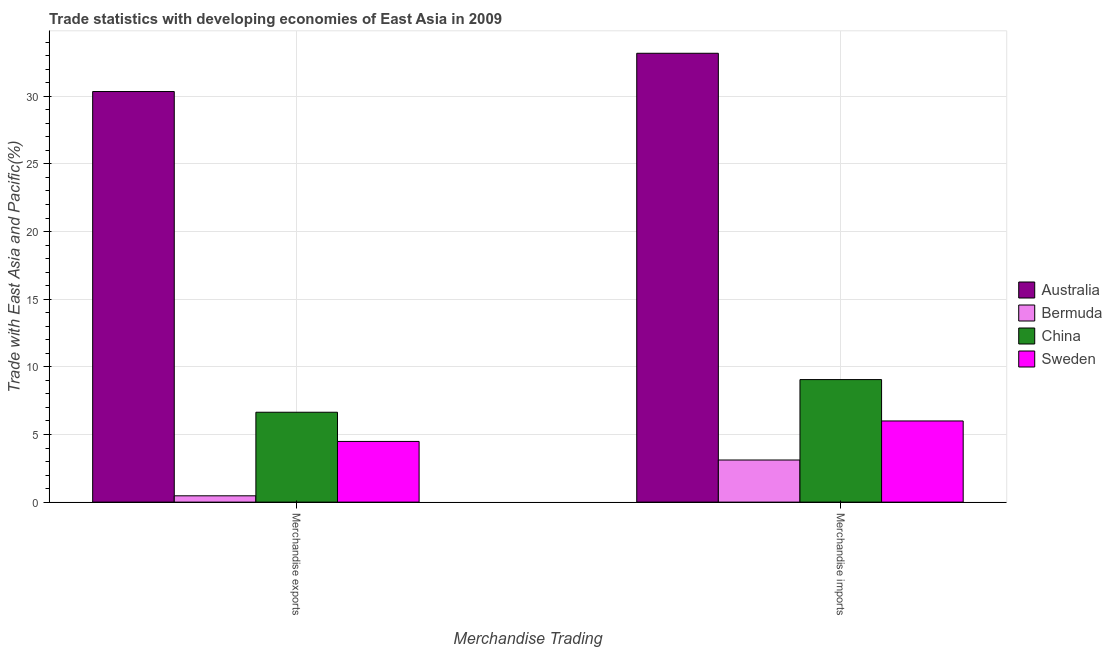
| Merchandise Trading | Australia | Bermuda | China | Sweden |
 | --- | --- | --- | --- | --- |
 | Merchandise exports | 30.4 | 0.467 | 6.64 | 4.49 |
 | Merchandise imports | 33.2 | 3.11 | 9.06 | 6 |